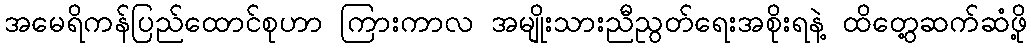
အမေရိကန်ပြည်ထောင်စုဟာ ကြားကာလ အမျိုးသားညီညွတ်ရေးအစိုးရနဲ့ ထိတွေ့ဆက်ဆံဖို့